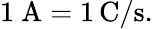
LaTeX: \mathrm{{1\ A=1\, {\mathrm{C/s}}.}}